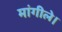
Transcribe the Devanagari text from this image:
मांगीले।